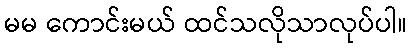
မမ ကောင်းမယ် ထင်သလိုသာလုပ်ပါ။